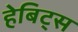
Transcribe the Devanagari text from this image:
हेबिट्स